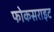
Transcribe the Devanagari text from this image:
फोकसराइट